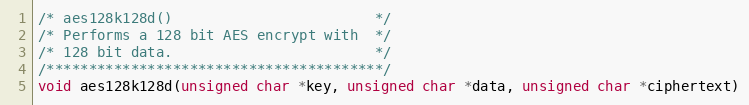
Language: C
/* aes128k128d()                        */
/* Performs a 128 bit AES encrypt with  */
/* 128 bit data.                        */
/****************************************/
void aes128k128d(unsigned char *key, unsigned char *data, unsigned char *ciphertext)